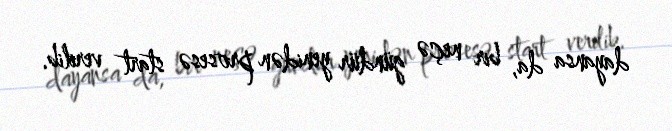
dayansa da, bir neçə gündür yenidən prosesə start verilib.